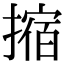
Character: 摍